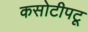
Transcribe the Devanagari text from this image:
कसोटीपटू